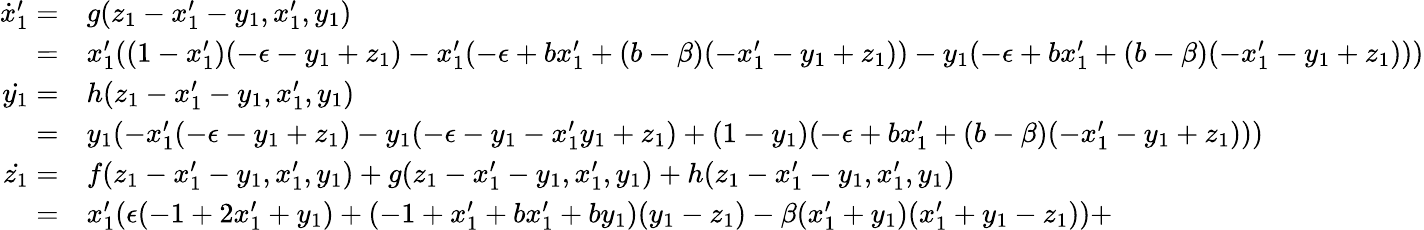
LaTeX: \begin{array}{rl}{\dot{x}_{1}^{\prime}=}&{{}g(z_{1}-x_{1}^{\prime}-y_{1},x_{1}^{\prime},y_{1})}\\ {=}&{{}x_{1}^{\prime}((1-x_{1}^{\prime})(-\epsilon-y_{1}+z_{1})-x_{1}^{\prime}(-\epsilon+bx_{1}^{\prime}+(b-\beta)(-x_{1}^{\prime}-y_{1}+z_{1}))-y_{1}(-\epsilon+bx_{1}^{\prime}+(b-\beta)(-x_{1}^{\prime}-y_{1}+z_{1})))}\\ {\dot{y_{1}}=}&{{}h(z_{1}-x_{1}^{\prime}-y_{1},x_{1}^{\prime},y_{1})}\\ {=}&{{}y_{1}(-x_{1}^{\prime}(-\epsilon-y_{1}+z_{1})-y_{1}(-\epsilon-y_{1}-x_{1}^{\prime}y_{1}+z_{1})+(1-y_{1})(-\epsilon+bx_{1}^{\prime}+(b-\beta)(-x_{1}^{\prime}-y_{1}+z_{1})))}\\ {\dot{z_{1}}=}&{{}f(z_{1}-x_{1}^{\prime}-y_{1},x_{1}^{\prime},y_{1})+g(z_{1}-x_{1}^{\prime}-y_{1},x_{1}^{\prime},y_{1})+h(z_{1}-x_{1}^{\prime}-y_{1},x_{1}^{\prime},y_{1})}\\ {=}&{{}x_{1}^{\prime}(\epsilon(-1+2x_{1}^{\prime}+y_{1})+(-1+x_{1}^{\prime}+bx_{1}^{\prime}+by_{1})(y_{1}-z_{1})-\beta(x_{1}^{\prime}+y_{1})(x_{1}^{\prime}+y_{1}-z_{1}))+}\end{array}